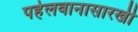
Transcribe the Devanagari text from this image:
पहेलवानासारखी